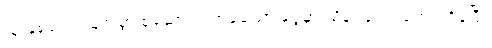
သူ နှစ်ပေါင်းများစွာ စုဆောင်းလာခဲ့သော ငွေမှာ သိန်း ၃၀၀ ကျော် ရှိခဲ့ပြီ။